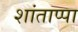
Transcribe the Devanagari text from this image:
शांताप्पा